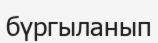
бүргыланып